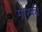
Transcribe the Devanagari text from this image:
मोरकी